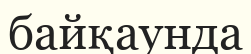
байқаунда